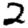
Digit: 2